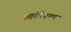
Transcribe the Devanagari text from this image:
आंतोनचा